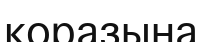
қоразына